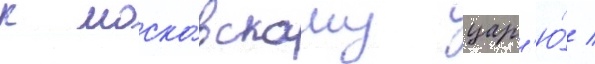
к моско́вскому цар'ю́ /